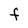
Character: F